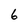
Character: 6